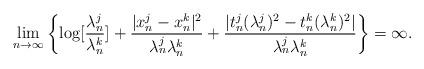
LaTeX: \begin{align*} \lim_{n\to\infty}\left\{\log[\frac{\lambda_n^j}{\lambda_n^k}]+\frac{|x_n^j-x_n^k|^2}{\lambda_n^j\lambda_n^k} +\frac{|t_n^j(\lambda_n^j)^2-t_n^k(\lambda_n^k)^2|}{\lambda_n^j\lambda_n^k}\right\}=\infty. \end{align*}